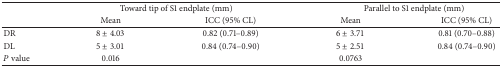
|  | <COLSPAN=2> Toward tip of S1 endplate (mm) | <COLSPAN=2> Parallel to S1 endplate (mm) |
 |  | Mean | ICC (95% CL) | Mean | ICC (95% CL) |
 | --- | --- | --- | --- | --- |
 | DR | 8 ± 4.03 | 0.82 (0.71–0.89) | 6 ± 3.71 | 0.81 (0.70–0.88) |
 | DL | 5 ± 3.01 | 0.84 (0.74–0.90) | 5 ± 2.51 | 0.84 (0.74–0.90) |
 | P value | 0.016 |  | 0.0763 |  |